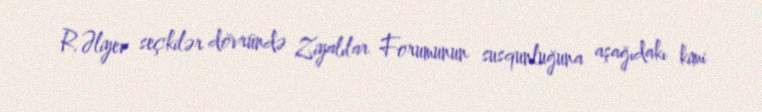
R.Əliyev seçkilər dövründə Ziyalılar Forumunun susqunluğuna aşağıdakı kimi